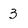
Character: 3